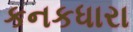
કનકધારા